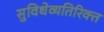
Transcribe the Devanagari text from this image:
सुविधेव्यतिरिक्त